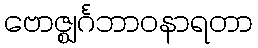
ဗောဇ္ဈင်္ဂဘာဝနာရတာ